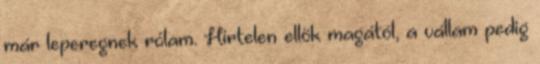
már leperegnek rólam. Hirtelen ellök magától, a vállam pedig